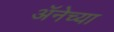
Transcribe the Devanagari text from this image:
अॅनेच्या